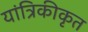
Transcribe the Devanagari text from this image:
यांत्रिकीकृत